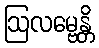
ဩလမ္ဗေန္တိ